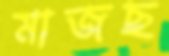
মাজছ